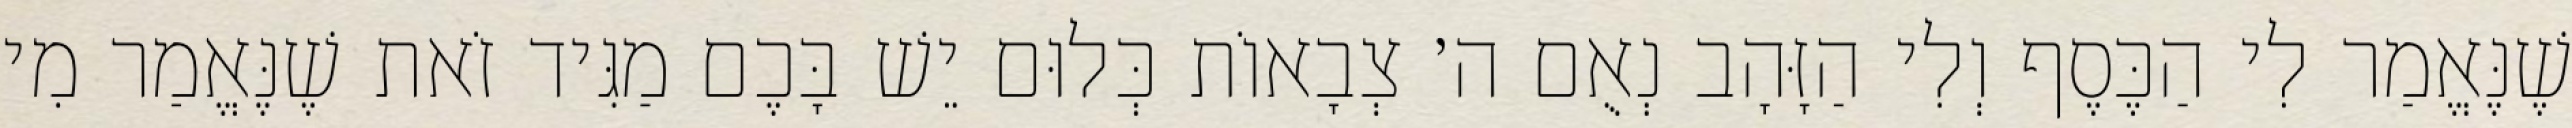
שֶׁנֶּאֱמַר לִי הַכֶּסֶף וְלִי הַזָּהָב נְאֻם ה׳ צְבָאוֹת כְּלוּם יֵשׁ בָּכֶם מַגִּיד זֹאת שֶׁנֶּאֱמַר מִי